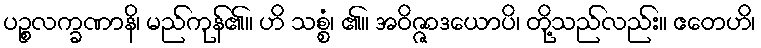
ပဉ္စလက္ခဏာနိ၊ မည်ကုန်၏။ ဟိ သစ္စံ၊ ၏။ အဝိဇ္ဇာဒယောပိ၊ တို့သည်လည်း။ ဧတေဟိ၊